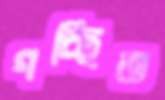
গচ্ছিত